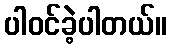
ပါဝင်ခဲ့ပါတယ်။